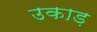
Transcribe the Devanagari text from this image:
उकाड़